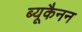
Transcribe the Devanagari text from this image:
ब्यूकैनन